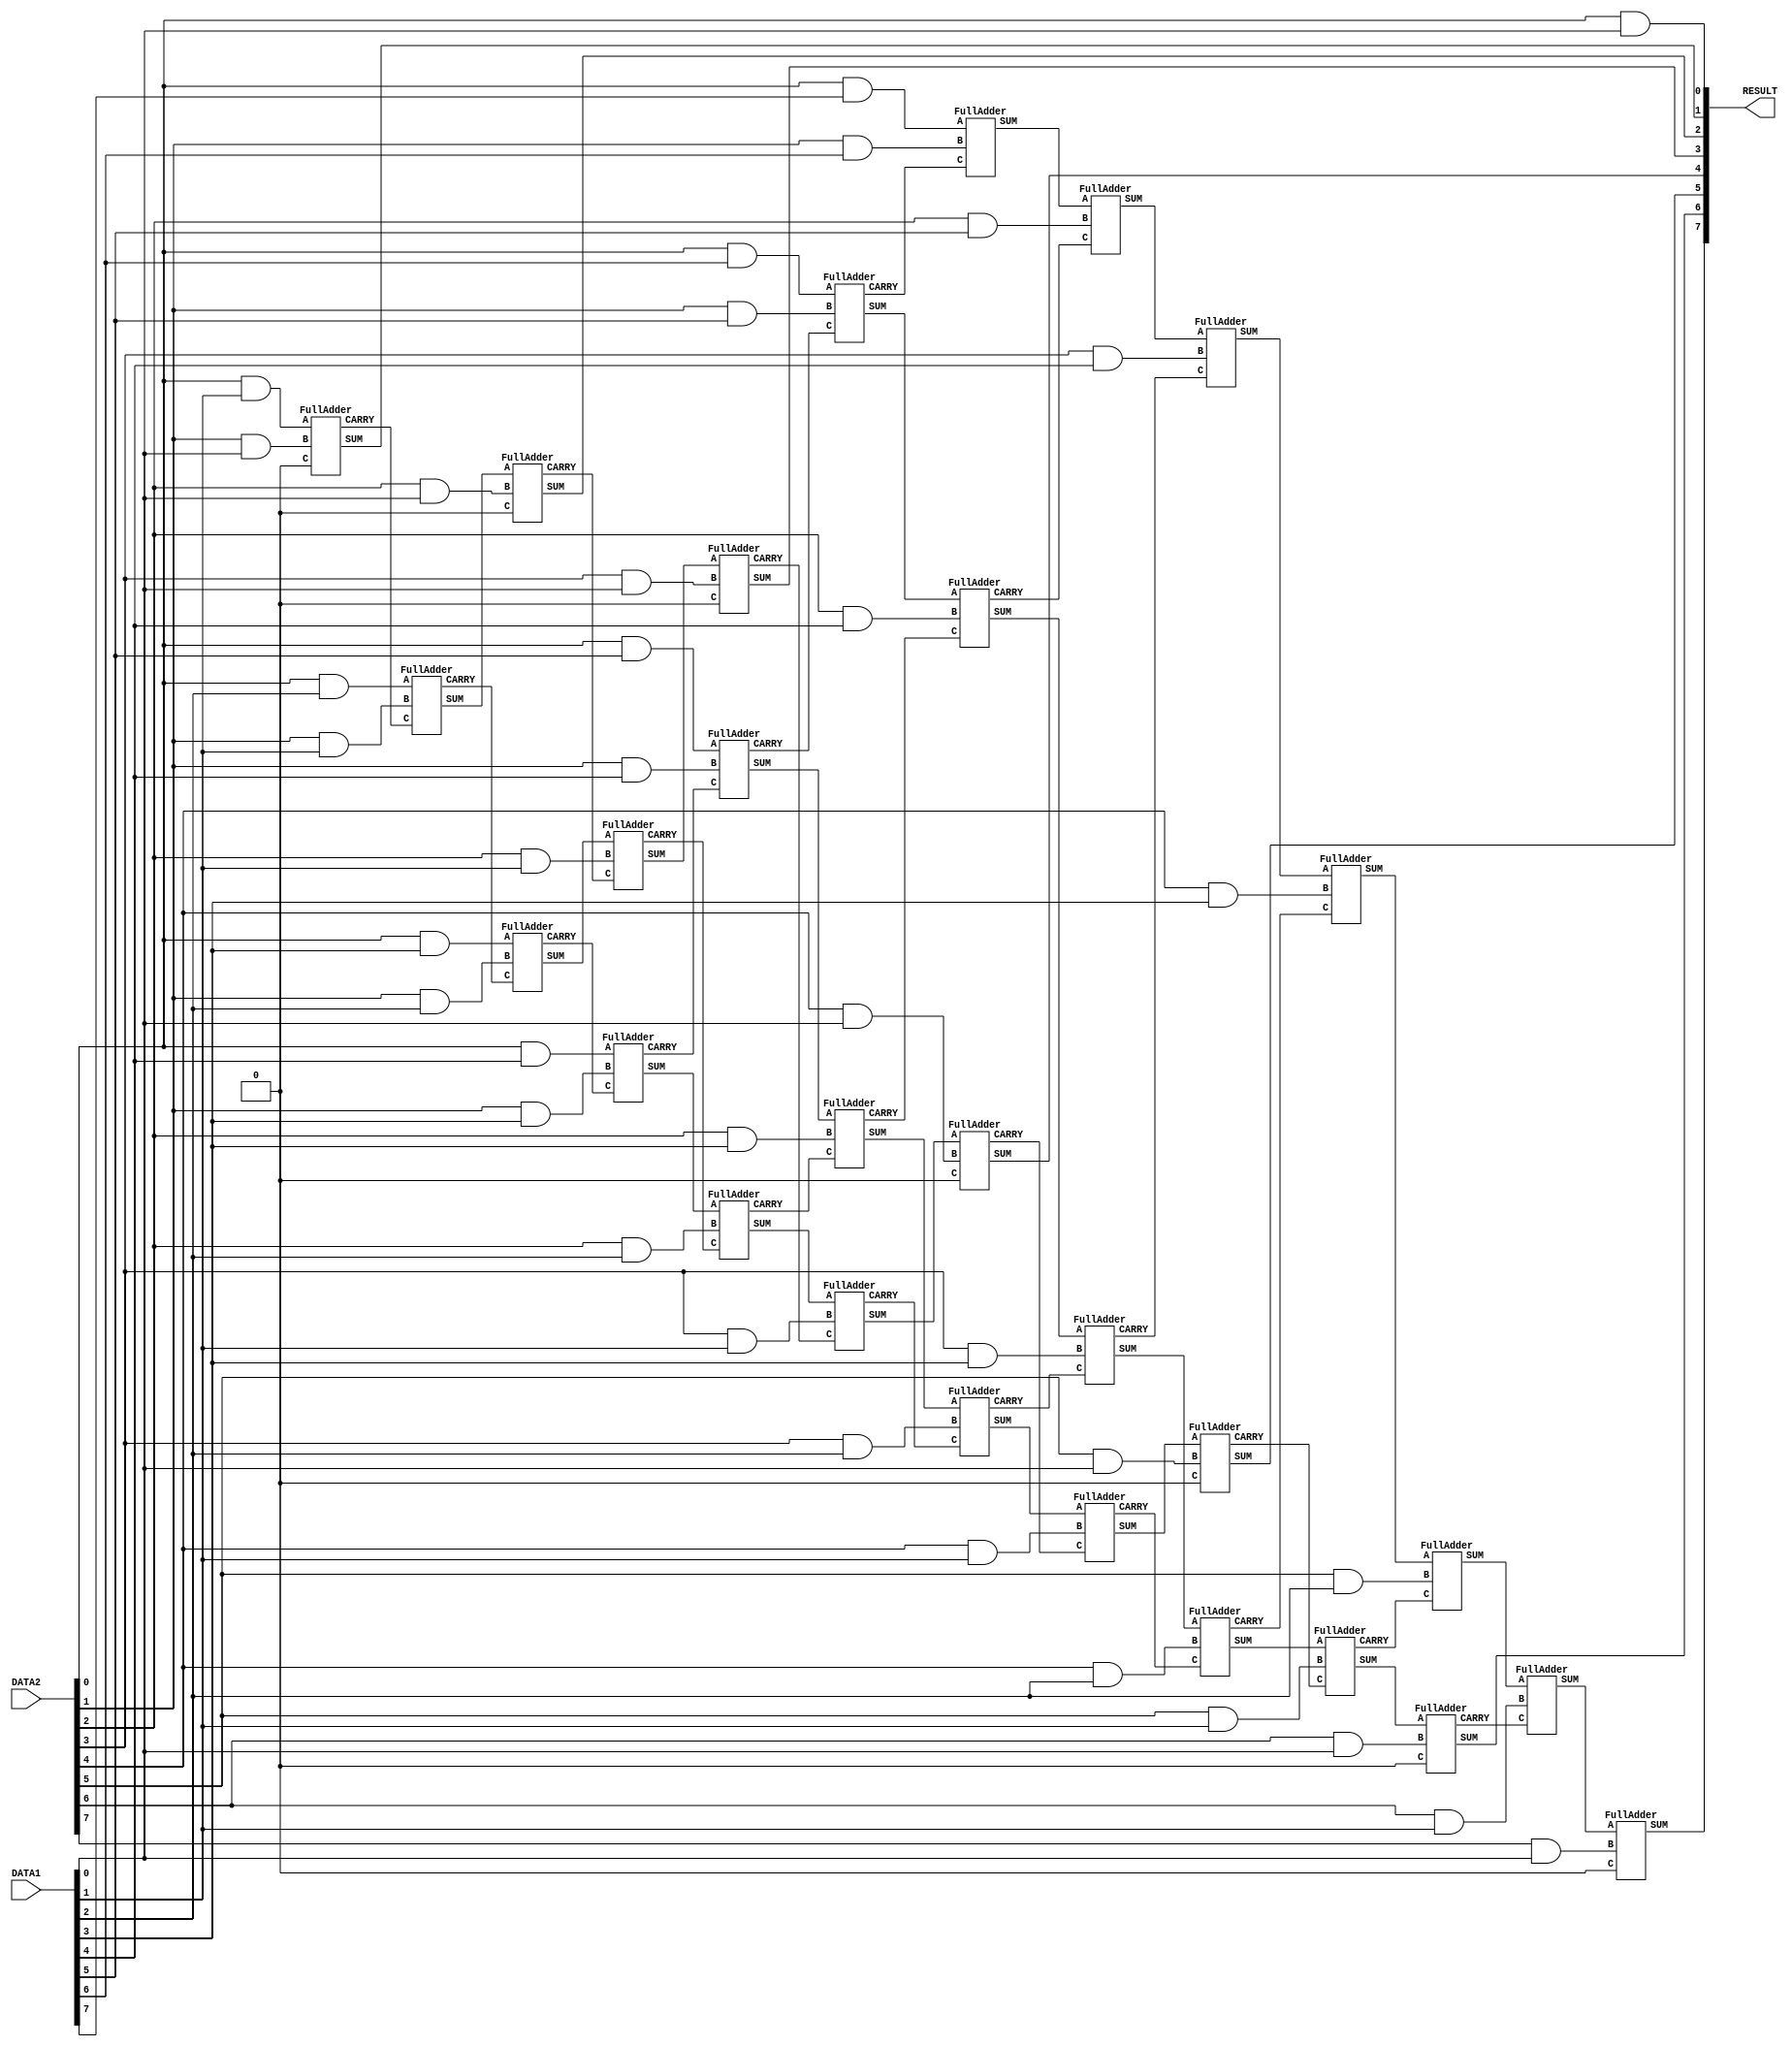
// Computer Architecture (CO224) - Lab 05 Part-5
// Design: MULTI module
// Group: Group-49 
// Reg. No.: E/19/038 and E/19/256

//Module for Multiplication unit
//Calculates the product of two 8-bit numbers
module MULTI(DATA1, DATA2, RESULT);

	//Input and output port declaration
	input [7:0] DATA1;
	input [7:0] DATA2;
	output [7:0] RESULT;
	
	//Carry bits for intermediate sums
	wire carry_0 [5:0];
	wire carry_1 [4:0];
	wire carry_2 [3:0];
	wire carry_3 [2:0];
	wire carry_4 [1:0];
	wire carry_5;
	
	//Intermediate sums
	wire sum0 [5:0];
	wire sum1 [4:0];
	wire sum2 [3:0];
	wire sum3 [2:0];
	wire sum4 [1:0];
	wire sum5;
	
	//Bus to store result before output
	wire [7:0] RESULT_DATA;
	
	//First bit of RESULT_DATA can be directly set
	assign RESULT_DATA[0] = DATA2[0] & DATA1[0];	
	
	
	//Full Adder array to calculate result by shifting and adding
	//Layer 0
	FullAdder FA0_0(DATA2[0] & DATA1[1], DATA2[1] & DATA1[0], 1'b0, RESULT_DATA[1], carry_0[0]);
	FullAdder FA0_1(DATA2[0] & DATA1[2], DATA2[1] & DATA1[1], carry_0[0], sum0[0], carry_0[1]);
	FullAdder FA0_2(DATA2[0] & DATA1[3], DATA2[1] & DATA1[2], carry_0[1], sum0[1], carry_0[2]);
	FullAdder FA0_3(DATA2[0] & DATA1[4], DATA2[1] & DATA1[3], carry_0[2], sum0[2], carry_0[3]);
	FullAdder FA0_4(DATA2[0] & DATA1[5], DATA2[1] & DATA1[4], carry_0[3], sum0[3], carry_0[4]);
	FullAdder FA0_5(DATA2[0] & DATA1[6], DATA2[1] & DATA1[5], carry_0[4], sum0[4], carry_0[5]);
	FullAdder FA0_6(DATA2[0] & DATA1[7], DATA2[1] & DATA1[6], carry_0[5], sum0[5], );
	
	//Layer 1
	FullAdder FA1_0(sum0[0], DATA2[2] & DATA1[0], 1'b0, RESULT_DATA[2], carry_1[0]);
	FullAdder FA1_1(sum0[1], DATA2[2] & DATA1[1], carry_1[0], sum1[0], carry_1[1]);
	FullAdder FA1_2(sum0[2], DATA2[2] & DATA1[2], carry_1[1], sum1[1], carry_1[2]);
	FullAdder FA1_3(sum0[3], DATA2[2] & DATA1[3], carry_1[2], sum1[2], carry_1[3]);
	FullAdder FA1_4(sum0[4], DATA2[2] & DATA1[4], carry_1[3], sum1[3], carry_1[4]);
	FullAdder FA1_5(sum0[5], DATA2[2] & DATA1[5], carry_1[4], sum1[4], );
	
	//Layer 2
	FullAdder FA2_0(sum1[0], DATA2[3] & DATA1[0], 1'b0, RESULT_DATA[3], carry_2[0]);
	FullAdder FA2_1(sum1[1], DATA2[3] & DATA1[1], carry_2[0], sum2[0], carry_2[1]);
	FullAdder FA2_2(sum1[2], DATA2[3] & DATA1[2], carry_2[1], sum2[1], carry_2[2]);
	FullAdder FA2_3(sum1[3], DATA2[3] & DATA1[3], carry_2[2], sum2[2], carry_2[3]);
	FullAdder FA2_4(sum1[4], DATA2[3] & DATA1[4], carry_2[3], sum2[3], );
	
	//Layer 3
	FullAdder FA3_0(sum2[0], DATA2[4] & DATA1[0], 1'b0, RESULT_DATA[4], carry_3[0]);
	FullAdder FA3_1(sum2[1], DATA2[4] & DATA1[1], carry_3[0], sum3[0], carry_3[1]);
	FullAdder FA3_2(sum2[2], DATA2[4] & DATA1[2], carry_3[1], sum3[1], carry_3[2]);
	FullAdder FA3_3(sum2[3], DATA2[4] & DATA1[3], carry_3[2], sum3[2], );
	
	//Layer 4
	FullAdder FA4_0(sum3[0], DATA2[5] & DATA1[0], 1'b0, RESULT_DATA[5], carry_4[0]);
	FullAdder FA4_1(sum3[1], DATA2[5] & DATA1[1], carry_4[0], sum4[0], carry_4[1]);
	FullAdder FA4_2(sum3[2], DATA2[5] & DATA1[2], carry_4[1], sum4[1], );
	
	//Layer 5
	FullAdder FA5_0(sum4[0], DATA2[6] & DATA1[0], 1'b0, RESULT_DATA[6], carry_5);
	FullAdder FA5_1(sum4[1], DATA2[6] & DATA1[1], carry_5, sum5, );
	
	//Layer 6
	FullAdder FA6_0(sum5, DATA2[7] & DATA1[0], 1'b0, RESULT_DATA[7], );
	
	//Sending out result after #3 time unit delay
	//Contains a delay of 3 time units
	assign #3 RESULT = RESULT_DATA;

endmodule

//Full Adder
module FullAdder(A, B, C, SUM, CARRY);

	//Input and output port declaration
	input A, B, C;
	output SUM, CARRY;
	
	//Combinational logic for SUM and CARRY bit outputs
	assign SUM = (A ^ B ^ C);
	assign CARRY = (A & B) + (C & (A ^ B));

endmodule